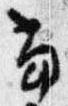
当